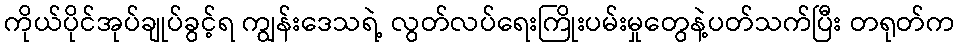
ကိုယ်ပိုင်အုပ်ချုပ်ခွင့်ရ ကျွန်းဒေသရဲ့ လွတ်လပ်ရေးကြိုးပမ်းမှုတွေနဲ့ပတ်သက်ပြီး တရုတ်က